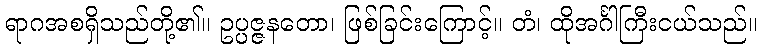
ရာဂအစရှိသည်တို့၏။ ဥပ္ပဇ္ဇနတော၊ ဖြစ်ခြင်းကြောင့်။ တံ၊ ထိုအင်္ဂါကြီးငယ်သည်။